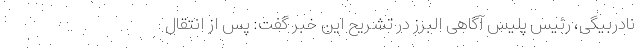
نادربیگی، رئیس پلیس آگاهی البرز در تشریح این خبر گفت: پس از انتقال